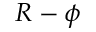
R - \phi